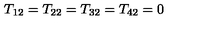
T _ { 1 2 } = T _ { 2 2 } = T _ { 3 2 } = T _ { 4 2 } = 0